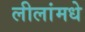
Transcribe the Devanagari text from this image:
लीलांमधे